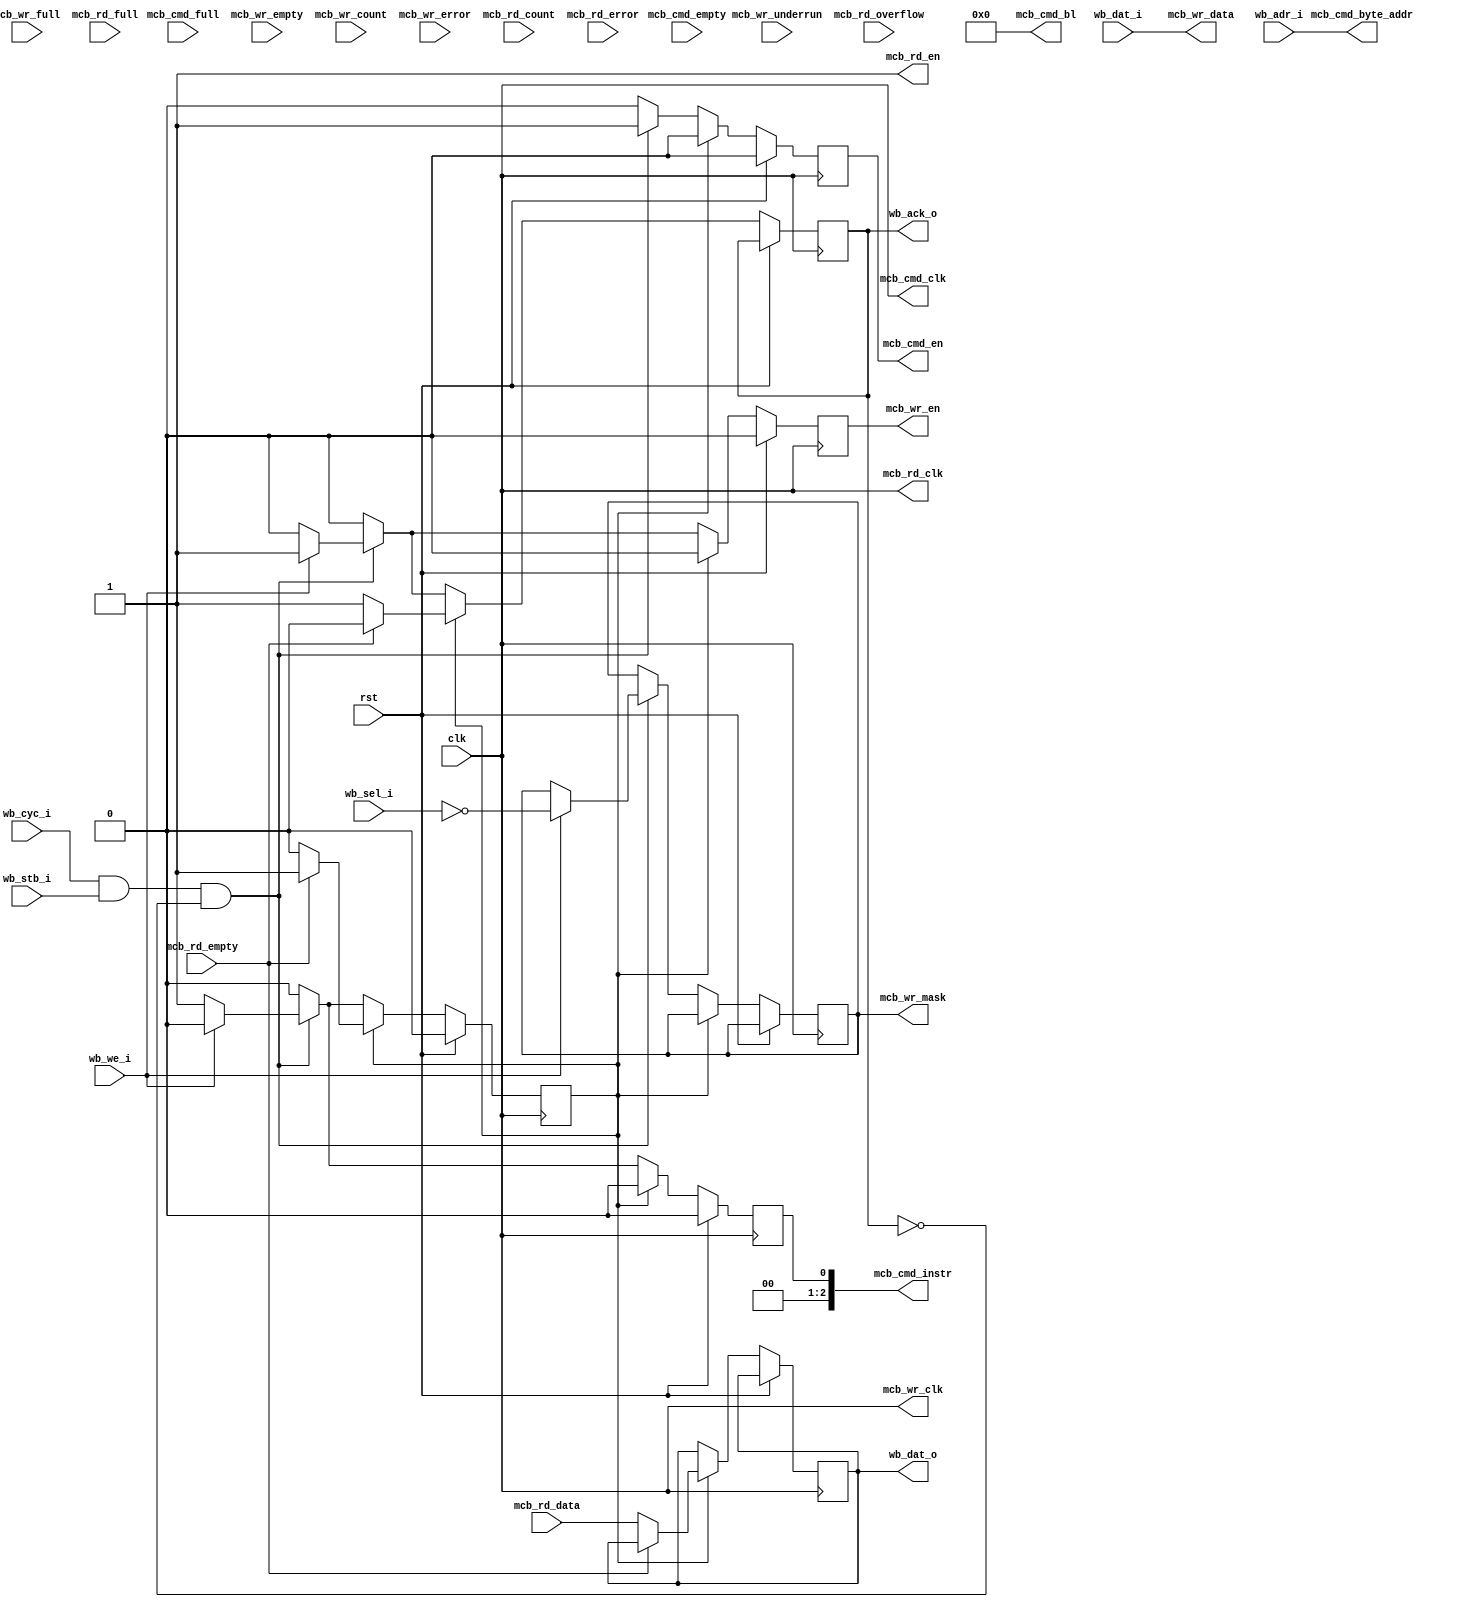
module wb_mcb_32
(
    input  wire        clk,
    input  wire        rst,
    input  wire [31:0] wb_adr_i,     
    input  wire [31:0] wb_dat_i,     
    output wire [31:0] wb_dat_o,     
    input  wire        wb_we_i,      
    input  wire [3:0]  wb_sel_i,     
    input  wire        wb_stb_i,     
    output wire        wb_ack_o,     
    input  wire        wb_cyc_i,     
    output wire        mcb_cmd_clk,
    output wire        mcb_cmd_en,
    output wire [2:0]  mcb_cmd_instr,
    output wire [5:0]  mcb_cmd_bl,
    output wire [31:0] mcb_cmd_byte_addr,
    input  wire        mcb_cmd_empty,
    input  wire        mcb_cmd_full,
    output wire        mcb_wr_clk,
    output wire        mcb_wr_en,
    output wire [3:0]  mcb_wr_mask,
    output wire [31:0] mcb_wr_data,
    input  wire        mcb_wr_empty,
    input  wire        mcb_wr_full,
    input  wire        mcb_wr_underrun,
    input  wire [6:0]  mcb_wr_count,
    input  wire        mcb_wr_error,
    output wire        mcb_rd_clk,
    output wire        mcb_rd_en,
    input  wire [31:0] mcb_rd_data,
    input  wire        mcb_rd_empty,
    input  wire        mcb_rd_full,
    input  wire        mcb_rd_overflow,
    input  wire [6:0]  mcb_rd_count,
    input  wire        mcb_rd_error
);
reg cycle_reg = 0;
reg [31:0] wb_dat_reg = 0;
reg wb_ack_reg = 0;
reg mcb_cmd_en_reg = 0;
reg mcb_cmd_instr_reg = 0;
reg mcb_wr_en_reg = 0;
reg [3:0] mcb_wr_mask_reg = 0;
assign wb_dat_o = wb_dat_reg;
assign wb_ack_o = wb_ack_reg;
assign mcb_cmd_clk = clk;
assign mcb_cmd_en = mcb_cmd_en_reg;
assign mcb_cmd_instr = mcb_cmd_instr_reg;
assign mcb_cmd_bl = 0;
assign mcb_cmd_byte_addr = wb_adr_i;
assign mcb_wr_clk = clk;
assign mcb_wr_en = mcb_wr_en_reg;
assign mcb_wr_mask = mcb_wr_mask_reg;
assign mcb_wr_data = wb_dat_i;
assign mcb_rd_clk = clk;
assign mcb_rd_en = 1;
always @(posedge clk) begin
    if (rst) begin
        cycle_reg <= 0;
        mcb_cmd_en_reg <= 0;
        mcb_cmd_instr_reg <= 0;
        mcb_wr_en_reg <= 0;
    end else begin
        wb_ack_reg <= 0;
        mcb_cmd_en_reg <= 0;
        mcb_cmd_instr_reg <= 0;
        mcb_wr_en_reg <= 0;
        if (cycle_reg) begin
            if (~mcb_rd_empty) begin
                cycle_reg <= 0;
                wb_dat_reg <= mcb_rd_data;
                wb_ack_reg <= 1;
            end
        end else if (wb_cyc_i & wb_stb_i & ~wb_ack_o) begin
            if (wb_we_i) begin
                mcb_cmd_instr_reg <= 3'b000;
                mcb_cmd_en_reg <= 1;
                mcb_wr_en_reg <= 1;
                mcb_wr_mask_reg <= ~wb_sel_i;
                wb_ack_reg <= 1;
            end else begin
                mcb_cmd_instr_reg <= 3'b001;
                mcb_cmd_en_reg <= 1;
                cycle_reg <= 1;
            end
        end
    end
end
endmodule